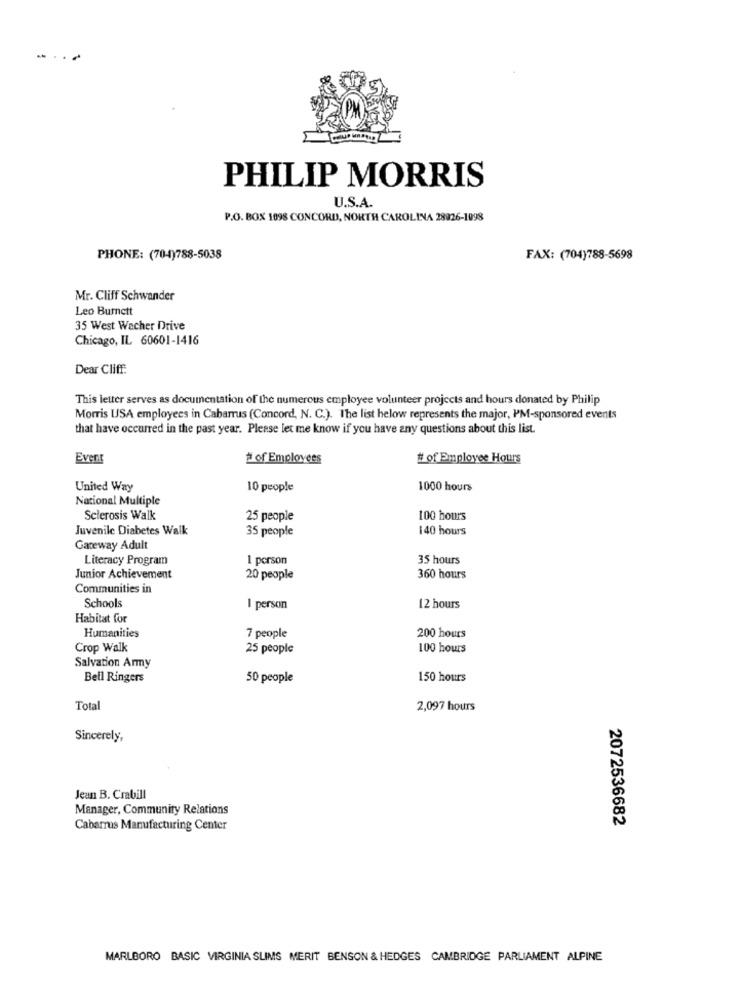
...
PHILIP MORRIS
U.S.A.
P.O. BOX 1098 CONCORD, NORTH CAROLINA 28926-1098
PHONE: (70-4)788-5038
FAX: (704)788-5698
Mr. Cliff Schwander
Leo Burnett
35 West Wacher Drive
Chicago, IL 60601-1416
Dear Cliff:
This letter serves as documentation of the numerous employee volunteer projects and hours donated by Philip
Morris USA employees in Cabarrus (Concord, N. C.). The list below represents the major, PM-sponsored events
that have occurred in the past year. Please let me know if you have any questions about this list.
Event
# of Employees
# of Employee Hours
United Way
10 people
1000 hours
National Multiple
Sclerosis Walk
25 people
100 hours
Juvenile Diabetes Walk
35 people
140 hours
Gateway Adult
Literacy Program
1 person
35 hours
Junior Achievement
20 people
360 hours
Communities in
Schools
1 person
12 hours
Habitat for
Humanities
7 people
200 hours
Crop Walk
25 people
100 hours
Salvation Army
Bell Ringers
50 people
150 hours
Total
2,097 hours
Sincerely,
Jean B. Crabill
Manager, Community Relations
2072536682
Cabarrus Manufacturing Center
MARLBORO BASIC VIRGINIA SLIMS MERIT BENSON & HEDGES CAMBRIDGE PARLIAMENT ALPINE